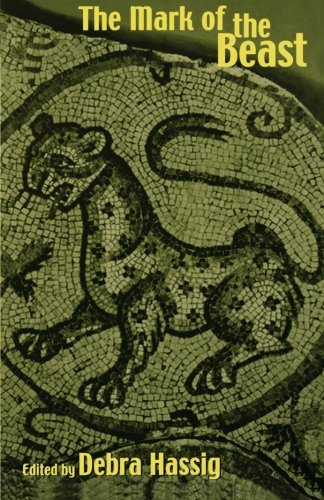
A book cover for The Mark of the Beast: The Medieval Bestiary in Art, Life, and Literature (Garland Library of Medieval Literature); Literature & Fiction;